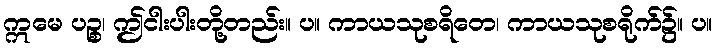
ဣမေ ပဉ္စ၊ ဤငါးပါးတို့တည်း။ ပ။ ကာယသုစရိတေ၊ ကာယသုစရိုက်၌။ ပ။